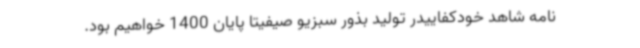
نامه شاهد خودکفاییدر تولید بذور سبزیو صیفیتا پایان 1400 خواهیم بود.